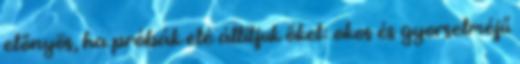
előnyös, ha próbák elé állítjuk őket: okos és gyorselméjű